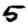
Digit: 5